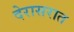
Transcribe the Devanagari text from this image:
देरासरात